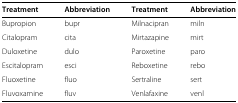
<table><thead><tr><td><b>Treatment</b></td><td><b>Abbreviation</b></td><td><b>Treatment</b></td><td><b>Abbreviation</b></td></tr></thead><tbody><tr><td>Bupropion</td><td>bupr</td><td>Milnacipran</td><td>miln</td></tr><tr><td>Citalopram</td><td>cita</td><td>Mirtazapine</td><td>mirt</td></tr><tr><td>Duloxetine</td><td>dulo</td><td>Paroxetine</td><td>paro</td></tr><tr><td>Escitalopram</td><td>esci</td><td>Reboxetine</td><td>rebo</td></tr><tr><td>Fluoxetine</td><td>fluo</td><td>Sertraline</td><td>sert</td></tr><tr><td>Fluvoxamine</td><td>fluv</td><td>Venlafaxine</td><td>venl</td></tr></tbody></table>